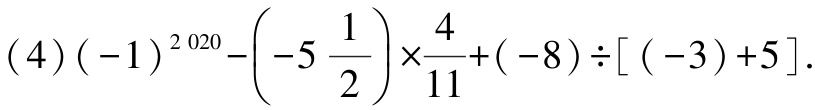
\((4)(-1)^{2020}-\left(-5\frac{1}{2}\right)\times\frac{4}{11}+(-8)\div[(-3)+5].\)